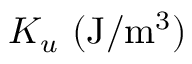
K _ { u } \ \mathrm { ( J / m ^ { 3 } ) }